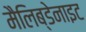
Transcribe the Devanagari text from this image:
मैलिब्डेनाइट